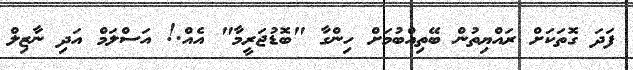
ފަދަ ގޮތަކަށް ރައްޔިތުން ބޭތިއްބުމަށް ހިންގާ "ބޮޑުޖަރީމާ" އެއް.! އަސްލަމް އަދި ނާޒިލް